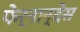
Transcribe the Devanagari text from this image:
फेर्नान्देस